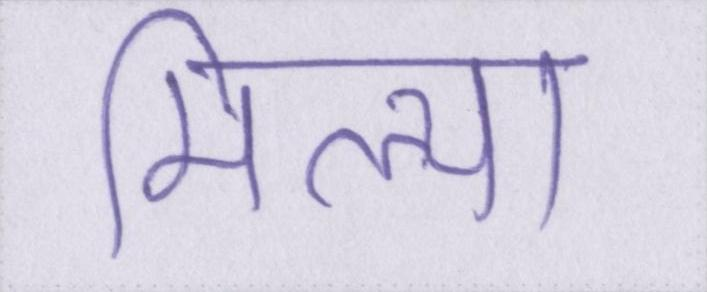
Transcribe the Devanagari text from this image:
मिल्या